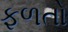
ફળતો